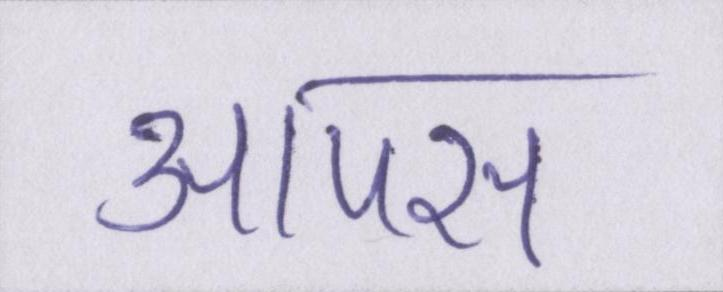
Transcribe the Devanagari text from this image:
आपस